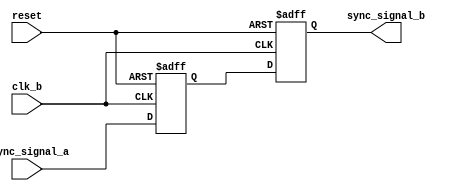
module signal_level_crossing_synchronizer (
    input wire clk_b,            // Clock for Domain B
    input wire async_signal_a,   // Asynchronous input signal from Domain A
    input wire reset,            // Optional reset signal
    output reg sync_signal_b     // Synchronized output signal in Domain B
);

// Internal signals for the two flip-flops
reg ff1_out; // Output of the first flip-flop

// Sequential logic for the synchronizer
always @(posedge clk_b or posedge reset) begin
    if (reset) begin
        ff1_out <= 1'b0;       // Initialize the first flip-flop output on reset
        sync_signal_b <= 1'b0; // Initialize the synchronized output on reset
    end else begin
        ff1_out <= async_signal_a; // Sample the asynchronous signal
        sync_signal_b <= ff1_out;   // Sample the output of the first flip-flop
    end
end

endmodule